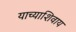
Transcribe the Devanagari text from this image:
याच्याशिवाय